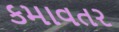
કમાવતર